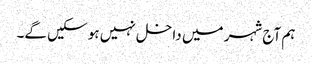
ہم آج شہر میں داخل نہیں ہو سکیں گے۔